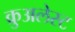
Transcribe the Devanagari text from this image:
क्रुअलेस्ट